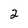
Character: 2